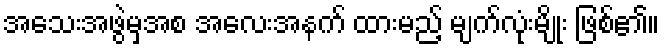
အသေးအဖွဲမှအစ အလေးအနက် ထားမည့် မျက်လုံးမျိုး ဖြစ်၏။